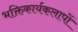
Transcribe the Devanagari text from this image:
भक्तिकार्यकलापों